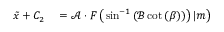
\begin{array} { r l } { \tilde { x } + C _ { 2 } } & { { } = \mathcal { A } \cdot F \left( \left. \sin ^ { - 1 } \left( \mathcal { B } \cot \left( \beta \right) \right) \right) | m \right) } \end{array}